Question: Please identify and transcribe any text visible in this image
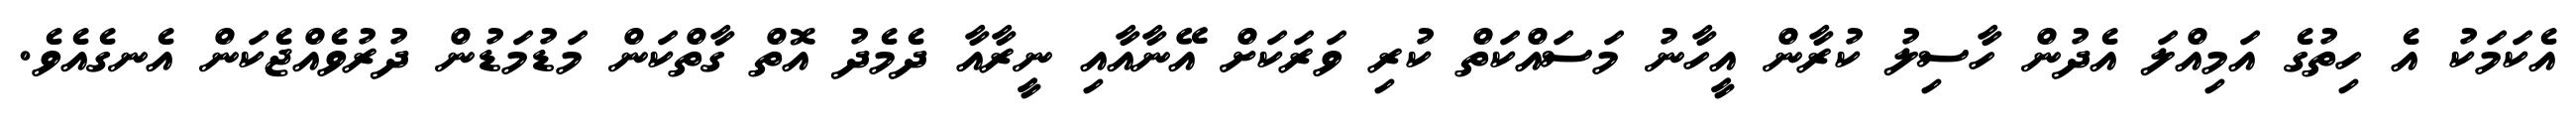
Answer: އެކަމަކު އެ ހިތުގެ އަމިއްލަ އެދުން ހާސިލު ކުރާން އީހާނު މަސައްކަތް ކުރި ވަރަކަށް އޭނާއާއި ނީރާއާ ދެމެދު އޮތް ގާތްކަން މަޑުމަޑުން ދުރުވެއްޖެކަން އެނގެއެވެ.